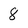
Character: 8